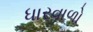
ધારવાળો